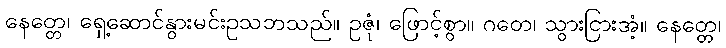
နေတ္တေ၊ ရှေ့ဆောင်နွားမင်းဥသဘသည်။ ဥဇုံ၊ ဖြောင့်စွာ။ ဂတေ၊ သွားငြားအံ့။ နေတ္တေ၊